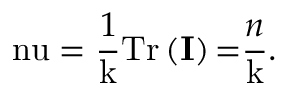
\mathrm { \ n u } = \frac { 1 } { \mathrm { k } } \mathrm { T r } \left( \mathbf { I } \right) \mathrm { = } \frac { n } { \mathrm { k } } .